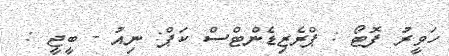
ހަވީރު ފޮޓޯ : ޕްރެޒިޑެންޓްސް ކަޕް: ނިއު - ބީޖީ :